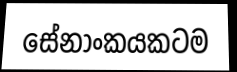
සේනාංකයකටම